Civil Veterinary Department. Madras. Admin. report 1910-25 - 1910-1925
Year: 1910
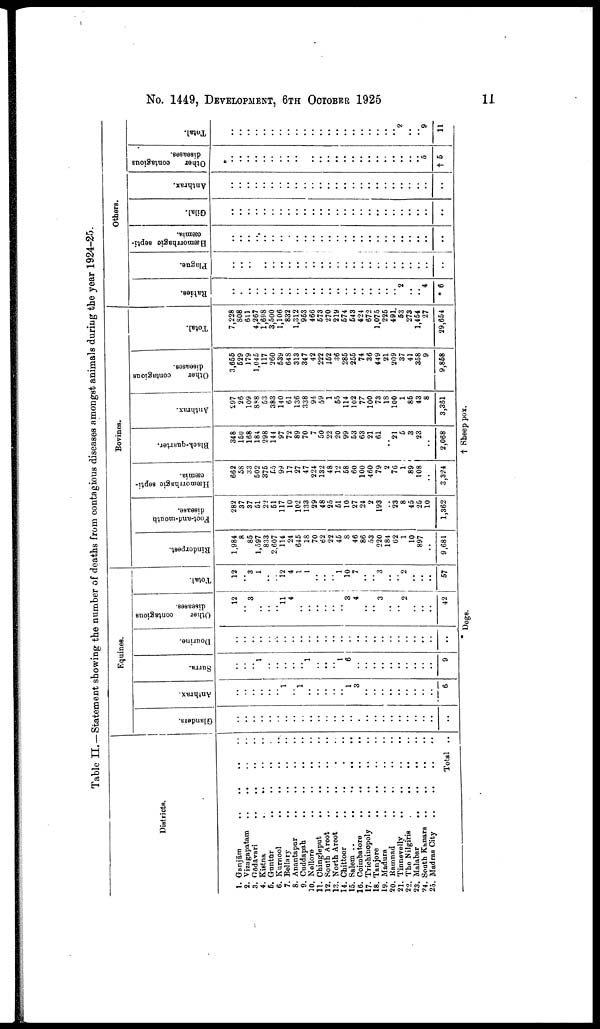
No. 1449, DEVELOPMENT, 6TH OCTOBER 1925
11
Table II.—Statement showing the number of deaths from contagious diseases amongst animals during the year 1924-25.
Districts.
1. Ganjām
..
..
..
2. Vizagapatam .. .. .. ..
3.
Godavari
..
..
..
..
4. Kistna
..
..
..
..
5 Guntur .. .. .. .. ..
6.
Kurnool
..
.. .. ..
7. Bellary
..
..
..
8. Anantapur .. .. .. ..
9. Cuddapah .. .. ..
50. Nellore
..
..
..
11. Chingleput
.. .. .. ..
12. South Aroot
..
..
..
..
13. North Aroot
..
..
..
..
14. Chittoor
..
..
..
..
15. Salem ..
..
..
..
..
..
16. Coimbatore ..
..
..
..
..
17. Triehinopoly
..
.. .. ..
18. Tanjore .. .. .. .. ..
19. Madura
20.
Ramnad
..
..
..
..
..
21.
Tinnevelly
..
..
..
..
..
22. The Nilgiris
..
..
..
..
23. Malabar
..
..
..
..
24. South Kanara .. .. .. ..
25. Madras City .. .. .. ..
Total ..
Equines.
Glanders.
..
..
..
..
..
..
..
..
..
..
..
..
..
..
..
..
..
..
..
..
..
..
..
..
..
..
Anthrax.
..
..
..
.. ..
..
1
..
1
..
..
..
..
..
1
3
..
..
..
..
..
..
..
..
..
6
Surra.
..
..
.. 1
..
..
..
..
..
1
..
..
.. 1
6
..
..
..
..
..
..
..
..
..
..
9
Dourine.
..
..
..
..
..
..
..
..
..
..
..
..
..
..
..
..
..
..
..
..
..
..
..
..
..
..
Other
contagious
diseases.
12
..
3
..
..
..
11
4
..
..
..
..
..
..
3
4
..
..
3
..
..
2
..
..
..
42
Total.
12
..
3 1
..
..
12
4
1
1
..
..
.. 1
10
7
..
..
3
..
..
2
..
..
..
57
Bovines.
Rinderpest.
1,984
8
85
1,597
833
2,607
114
24
645
18
70
62
22
45
8
46
86
53
220
184
62
1
10
897
..
9,681
Foct-and-mouth
disease.
282
37
37
51
22
51
117
10
102
133
29
48
25
51
10
27
24
2
193
..
23
8
45
25
10
1,362
Hæmorrhagic septi
cæmia.
662
58
33
502
375
55
99
17
27
47
224
132
48
12
68
60
100
460
79
2
76
1
89
108
..
3,324
Black-quarter.
348
150
168
184
298
144
97
72
89
70
7
50
22
20
99
53
63
21
61
..
21
5
3
23
..
2,068
Anthrax.
297
26
109
888
53
383
140
61
136
338
94
59
1
55
114
102
77
100
73
18
100
1
86
43
8
3,361
Other
contagious
diseases.
3,655
629
179
1,045
117
260
539
648
313
347
42
222
162
36
285
255
74
36
449
21
209
37
41
358
9
9,868
Total.
7,228
808
611
4,267
1,698
3,500
1,106
832
1,312
963
466
673
270
219
574
543
424
672
1,075
225
491
53
273
1,454
27
29,654
Others.
Rabies.
..
..
..
..
..
..
..
..
..
..
..
..
..
..
..
..
..
..
..
..
..
2
..
..
4
* 6
Plague.
..
..
..
.. ..
..
..
..
..
..
..
..
..
..
.. ..
..
..
..
..
..
..
..
..
..
..
Hæemorrhagic septi
cæmia.
..
..
..
.. ..
..
..
..
..
..
..
.. ..
..
..
..
..
..
..
..
..
..
.. ..
..
..
Gilal.
..
..
..
..
..
..
..
..
..
..
..
..
..
..
..
..
..
..
..
..
..
..
..
..
..
..
Anthrax.
Other
contagious
diseases.
..
..
..
..
..
..
..
..
..
..
..
..
..
..
..
..
..
..
..
..
..
..
..
..
5
.. † 5
Total.
..
..
..
..
..
..
..
..
..
..
..
..
..
..
..
..
..
..
..
..
.. 2
..
..
9
11
* Dogs.
† Sheep pox.